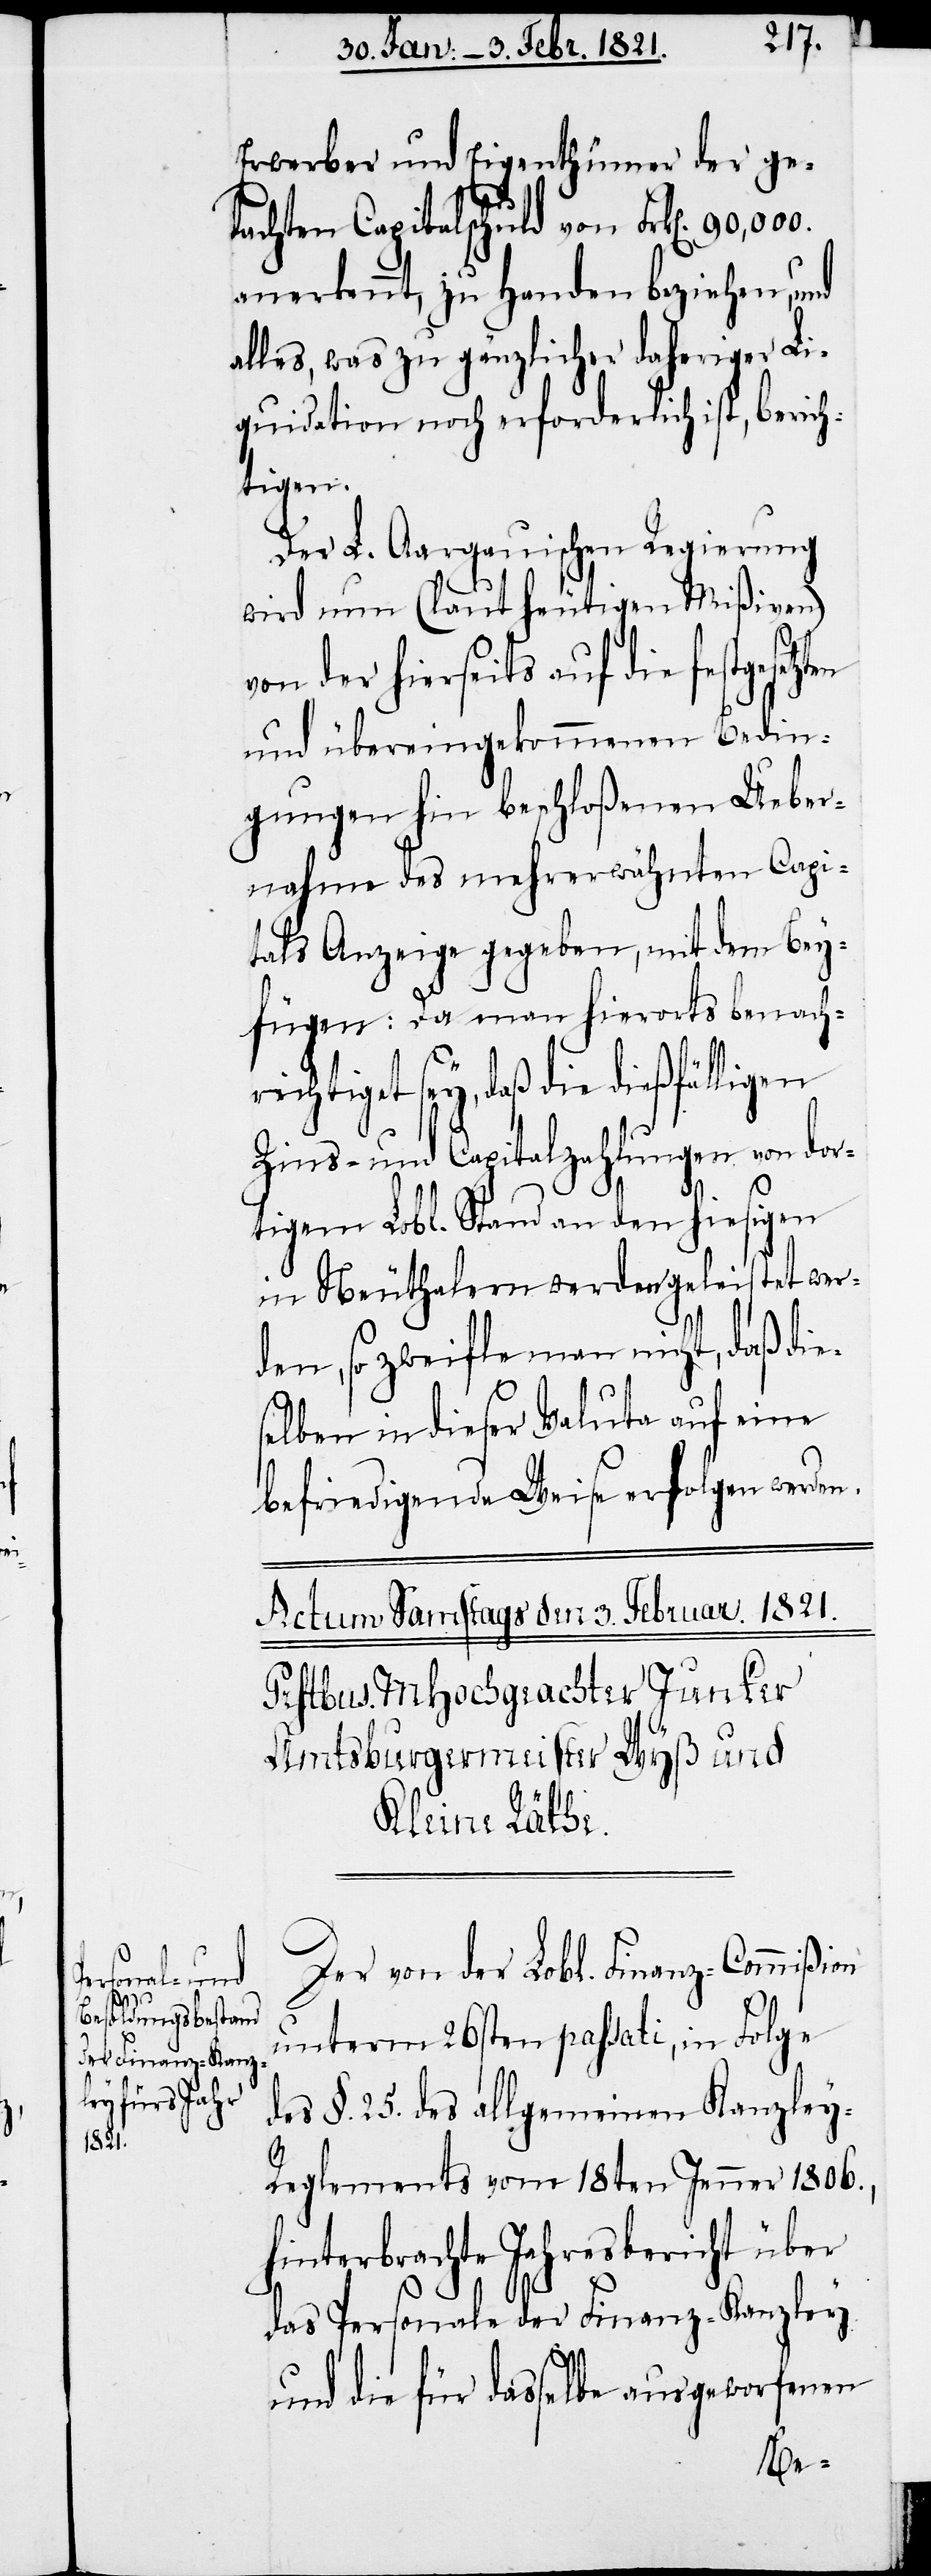
esetzten

Erwerber und Eigenthümer der ge¬
dachten Capitalschuld von Frk[en].
anerkennt, zu Handen beziehen, und
alles, was zu gänzlicher daheriger Li¬
quidation noch erforderlich ist, berich¬
hin¬
Der L. Aargauischen Regierung
wird nun (laut heutigen Mißiven)
von der hierseits auf die festg¬
und übereingekommenen Bedin¬
gungen hin beschloßenen Ueber¬
nahme des mehrerwähnten Capi¬
tals Anzeige gegeben, mit dem Bey¬
fügen: Da man hierorts benach¬
richtiget sey, daß die dießfälligen
Zins- und Capitalzahlungen von dor¬
tigem Lobl. Stand an den hiesigen
in Neuthalern werden geleistet wer¬
den, so zweifle man nicht, daß die¬
selben in dieser Valuta auf eine
befriedigende Weise erfolgen werden.
Der von der Lobl. Finanz-Commißion
unterm 26sten passati, in Folge
des §. 25. des allgemeinen Kanzle¬
y-Reglements vom 18ten Jenner 1806.,
terbrachte Jahresbericht über
das Personale der Finanz-Kanzley
und die für dasselbe ausgeworfenen